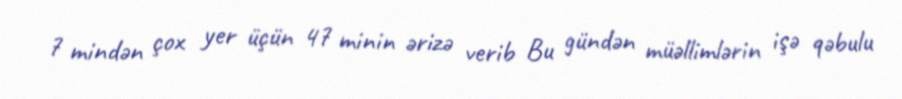
7 mindən çox yer üçün 47 minin ərizə verib Bu gündən müəllimlərin işə qəbulu